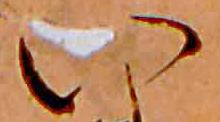
い